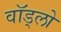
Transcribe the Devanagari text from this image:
वॉड्लो